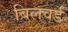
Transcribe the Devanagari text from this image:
बिलवर्ड